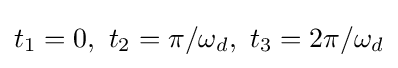
t_{1}=0,\ t_{2}=\pi /\omega _{d},\ t_{3}=2\pi /\omega _{d}